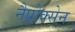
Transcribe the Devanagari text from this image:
नैप्रोक्सेन